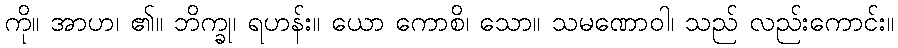
ကို။ အာဟ၊ ၏။ ဘိက္ခု၊ ရဟန်း။ ယော ကောစိ၊ သော။ သမဏောဝါ၊ သည် လည်းကောင်း။